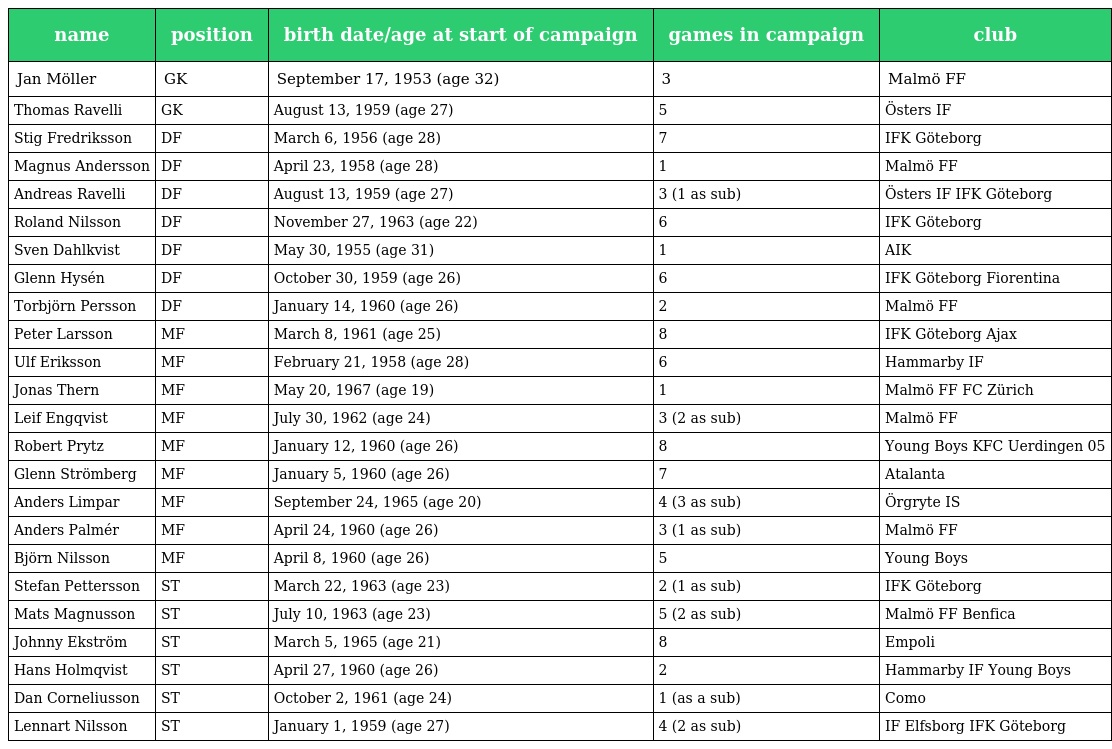
| name | position | birth date/age at start of campaign | games in campaign | club |
 | --- | --- | --- | --- | --- |
 | Jan Möller | GK | September 17, 1953 (age 32) | 3 | Malmö FF |
 | Thomas Ravelli | GK | August 13, 1959 (age 27) | 5 | Östers IF |
 | Stig Fredriksson | DF | March 6, 1956 (age 28) | 7 | IFK Göteborg |
 | Magnus Andersson | DF | April 23, 1958 (age 28) | 1 | Malmö FF |
 | Andreas Ravelli | DF | August 13, 1959 (age 27) | 3 (1 as sub) | Östers IF IFK Göteborg |
 | Roland Nilsson | DF | November 27, 1963 (age 22) | 6 | IFK Göteborg |
 | Sven Dahlkvist | DF | May 30, 1955 (age 31) | 1 | AIK |
 | Glenn Hysén | DF | October 30, 1959 (age 26) | 6 | IFK Göteborg Fiorentina |
 | Torbjörn Persson | DF | January 14, 1960 (age 26) | 2 | Malmö FF |
 | Peter Larsson | MF | March 8, 1961 (age 25) | 8 | IFK Göteborg Ajax |
 | Ulf Eriksson | MF | February 21, 1958 (age 28) | 6 | Hammarby IF |
 | Jonas Thern | MF | May 20, 1967 (age 19) | 1 | Malmö FF FC Zürich |
 | Leif Engqvist | MF | July 30, 1962 (age 24) | 3 (2 as sub) | Malmö FF |
 | Robert Prytz | MF | January 12, 1960 (age 26) | 8 | Young Boys KFC Uerdingen 05 |
 | Glenn Strömberg | MF | January 5, 1960 (age 26) | 7 | Atalanta |
 | Anders Limpar | MF | September 24, 1965 (age 20) | 4 (3 as sub) | Örgryte IS |
 | Anders Palmér | MF | April 24, 1960 (age 26) | 3 (1 as sub) | Malmö FF |
 | Björn Nilsson | MF | April 8, 1960 (age 26) | 5 | Young Boys |
 | Stefan Pettersson | ST | March 22, 1963 (age 23) | 2 (1 as sub) | IFK Göteborg |
 | Mats Magnusson | ST | July 10, 1963 (age 23) | 5 (2 as sub) | Malmö FF Benfica |
 | Johnny Ekström | ST | March 5, 1965 (age 21) | 8 | Empoli |
 | Hans Holmqvist | ST | April 27, 1960 (age 26) | 2 | Hammarby IF Young Boys |
 | Dan Corneliusson | ST | October 2, 1961 (age 24) | 1 (as a sub) | Como |
 | Lennart Nilsson | ST | January 1, 1959 (age 27) | 4 (2 as sub) | IF Elfsborg IFK Göteborg |